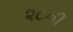
૨૮ની